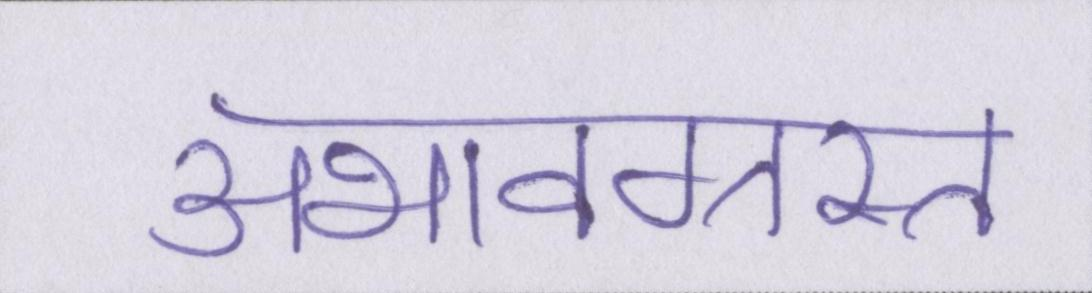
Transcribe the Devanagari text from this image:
अभावग्रस्त